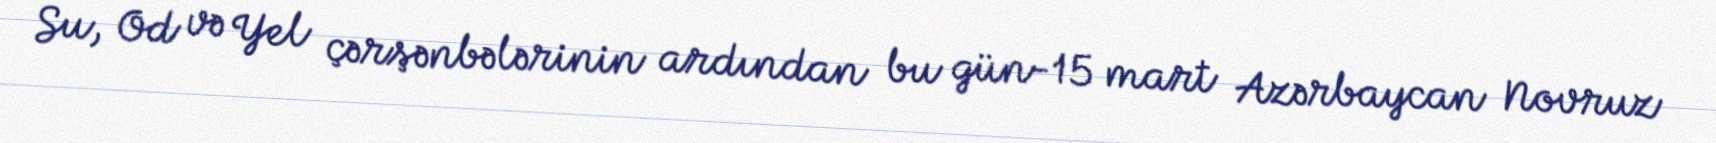
Su, Od və Yel çərşənbələrinin ardından bu gün-15 mart Azərbaycan Novruz